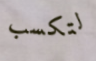
لتكسب